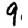
Digit: 9